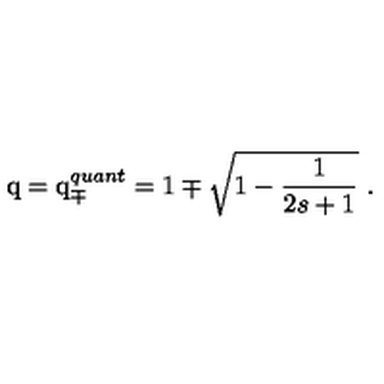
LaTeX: \mathrm { q } = \mathrm { q } _ { \mp } ^ { q u a n t } = 1 \mp \sqrt { 1 - \frac { 1 } { 2 s + 1 } } \ .